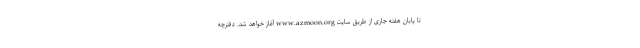
تا پایان هفته جاری از طریق سایت www.azmoon.org آغاز خواهد شد. دفترچه